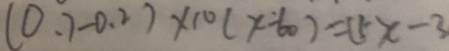
( 0 . 7 - 0 . 2 ) \times 1 0 ( x - 6 0 ) = ( 5 x - 3 )